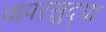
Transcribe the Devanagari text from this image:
वापरसुद्घा